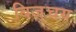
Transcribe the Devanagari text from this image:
बिज़्चय